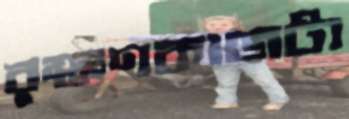
রক্ষণকাজটা